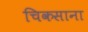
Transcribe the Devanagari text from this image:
चिकसाना